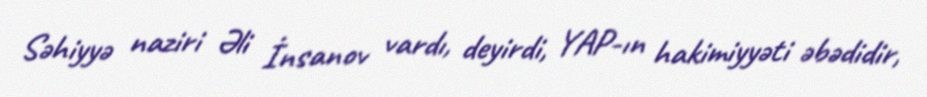
Səhiyyə naziri Əli İnsanov vardı, deyirdi, YAP-ın hakimiyyəti əbədidir,